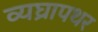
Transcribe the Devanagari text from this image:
व्यघ्रापथर